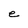
Character: e